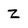
Character: Z